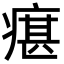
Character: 瘎